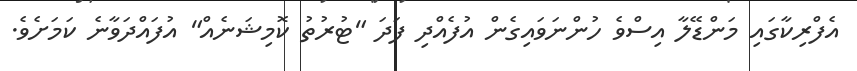
އެފްރިކާގައި މަންޑޭލާ އިސްވެ ހުންނަވައިގެން އުފެއްދި ފަދަ "ޓުރުތު ކޮމިޝަނެއް" އުފައްދަވާނެ ކަމަށެވެ.